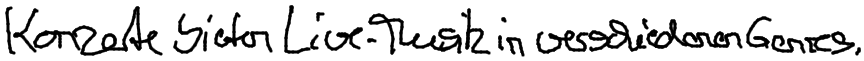
Konzerte bieten Live-Musik in verschiedenen Genres.